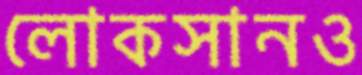
লোকসানও